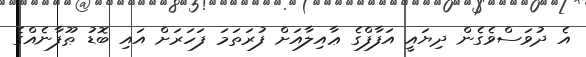
އެ ދުވަސްވެގެން ދިޔައީ އަފާފްގެ ޢާއިލާއަށް ފުރަތަމަ ފަހަރަށް އައި ބޮޑު ޠޫފާނެއްގެ